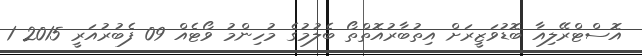
އޮސްޓްރޭލިއާ ބޮޑުވަޒީރަށް އިތުބާރުއޮތްތޯ ބެލުމުގެ މުހިންމު ވޯޓެއް 09 ފެބުރުއަރީ 2015 1